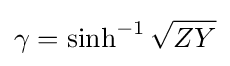
\gamma =\sinh ^{-1}{\sqrt {ZY}}